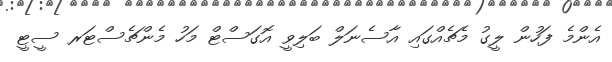
އެންމެ ފަހުން ލީގު މެޗެއްގައި އާސެނަލް ބަލިވީ އޮގަސްޓް މަހު މެންޗެސްޓަރ ސީޓީ